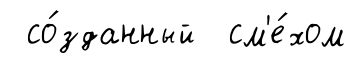
со́зданный см'е́хом